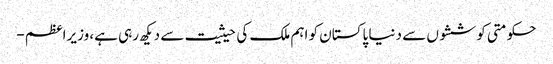
حکومتی کوششوں سے دنیا پاکستان کو اہم ملک کی حیثیت سے دیکھ رہی ہے، وزیراعظم -